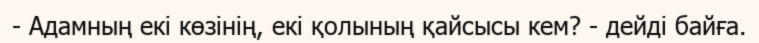
- Адамның екі көзінің, екі қолының қайсысы кем? - дейді байға.